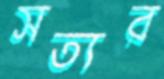
সত্যর